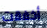
أخفقت